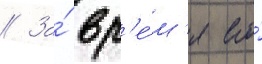
// За́ вр'е́м'я его́